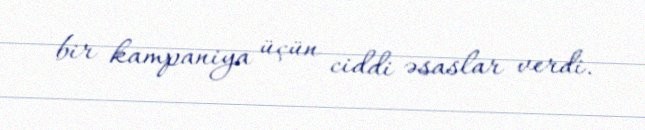
bir kampaniya üçün ciddi əsaslar verdi.